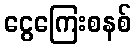
ငွေကြေးစနစ်